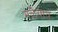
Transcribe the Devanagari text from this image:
मळैयाय